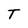
Character: T